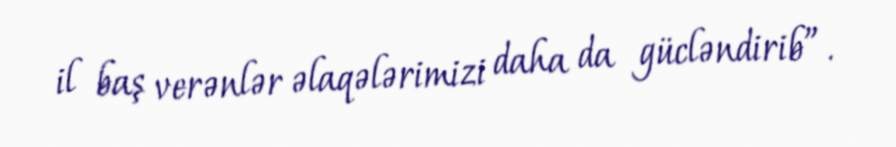
il baş verənlər əlaqələrimizi daha da gücləndirib”.